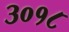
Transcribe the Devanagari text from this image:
३०१८